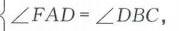
$\angle FAD=\angle DBC,$